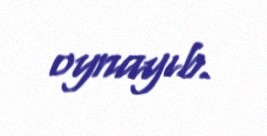
oynayıb.